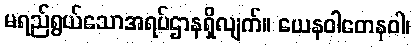
မရည်ရွယ်သောအရပ်ဌာနရှိလျက်။ ယေနဝါတေနဝါ၊